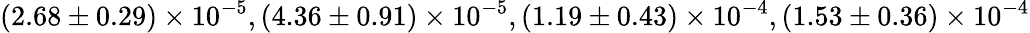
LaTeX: (2.68\pm 0.29)\times 10^{-5},(4.36\pm 0.91)\times 10^{-5},(1.19\pm 0.43)\times 10^{-4},(1.53\pm 0.36)\times 10^{-4}